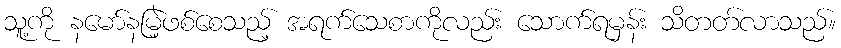
သူ့ကို နမော်နမြဲ့ဖစ်စေသည့် အရက်သေစာကိုလည်း သောက်ရမှန်း သိတတ်လာသည်။